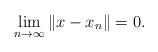
LaTeX: \begin{align*} \lim_{n\to\infty}\|x-x_n\|=0. \end{align*}